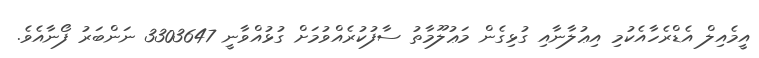
އީމެއިލް އެޑްރެހާއެކުމި އިޢުލާނާއި ގުޅިގެން މަޢުލޫމާތު ސާފުކުރެއްވުމަށް ގުޅުއްވާނީ 3303647 ނަންބަރު ފޯނާއެވެ.